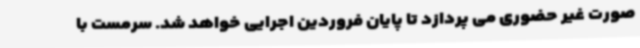
صورت غیر حضوری می پردازد تا پایان فروردین اجرایی خواهد شد. سرمست با